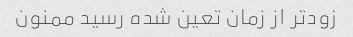
زودتر از زمان تعین شده رسید ممنون